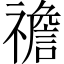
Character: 䄡